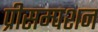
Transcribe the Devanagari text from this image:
प्रीसम्पशन